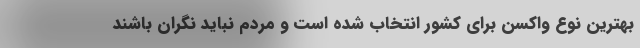
بهترین نوع واکسن برای کشور انتخاب شده است و مردم نباید نگران باشند